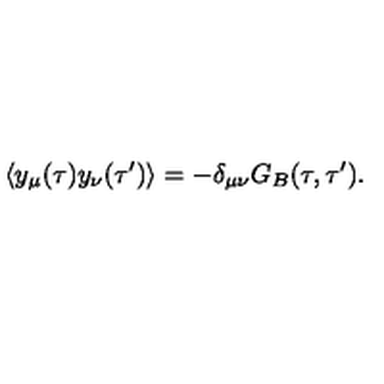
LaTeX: \langle y _ { \mu } ( \tau ) y _ { \nu } ( \tau ^ { \prime } ) \rangle = - \delta _ { \mu \nu } G _ { B } ( \tau , \tau ^ { \prime } ) .